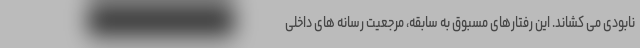
نابودی می کشاند. این رفتارهای مسبوق به سابقه، مرجعیت رسانه های داخلی